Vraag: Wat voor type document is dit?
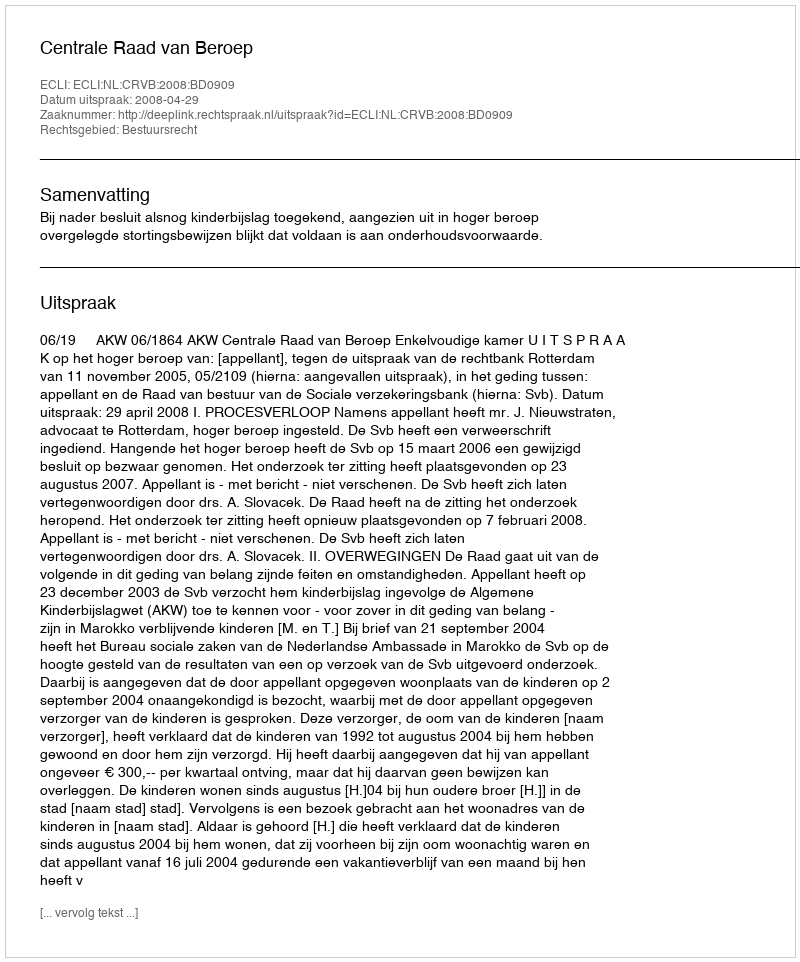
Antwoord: Uitspraak